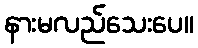
နားမလည်သေးပေ။